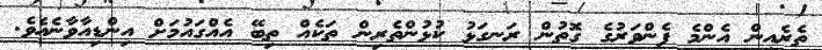
ތެރެއިން އެންމެ ފެންވަރުގެ ގޮތުން ރަނގަޅު ކުޅުންތެރިން ތަކެއް ތިބޭ އެއްގައުމަށް އިންޑިއާވާނެއެވެ.